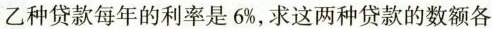
乙种贷款每年的利率是6\%，求这两种贷款的数额各